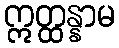
ဣတ္ထန္နာမ